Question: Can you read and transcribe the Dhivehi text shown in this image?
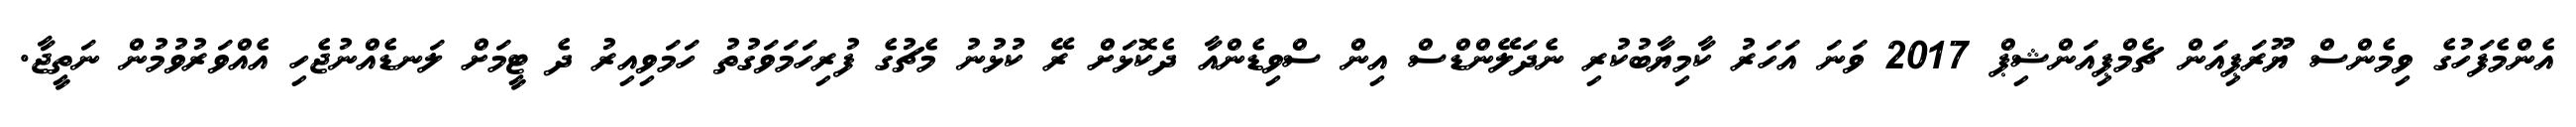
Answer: އެންމެފަހުގެ ވިމެންސް ޔޫރަޕިއަން ޗެމްޕިއަންޝިޕް 2017 ވަނަ އަހަރު ކާމިޔާބުކުރި ނެދަލޭންޑްސް އިން ސްވިޑެންއާ ދެކޮޅަށް ރޭ ކުޅުނު މެޗުގެ ފުރިހަމަވަގުތު ހަމަވިއިރު ދެ ޓީމަށް ލަނޑެއްނުޖެހި އެއްވަރުވުމުން ނަތީޖާ.